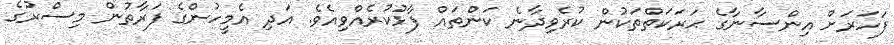
ފަހަރަށް އިންސާނާގެ ޙަރަކަތްތަކުން ކުރެވިދާނެ ކަންތައް ފާޅުކުރެއްވިއެވެ. އަދި އެމީހުންގެ ފަރާތުން މިސްރުގެ